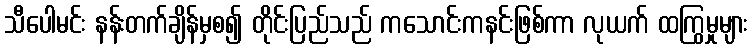
သီပေါမင်း နန်းတက်ချိန်မှစ၍ တိုင်းပြည်သည် ကသောင်းကနင်းဖြစ်ကာ လုယက် ထကြွမှုများ